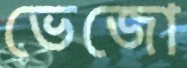
ভেজো